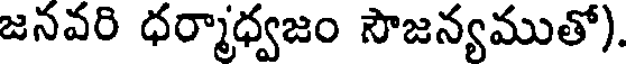
జనవరి ధర్మాధ్వజం సౌజన్యముతో).